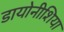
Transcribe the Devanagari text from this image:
डायोनीशिया